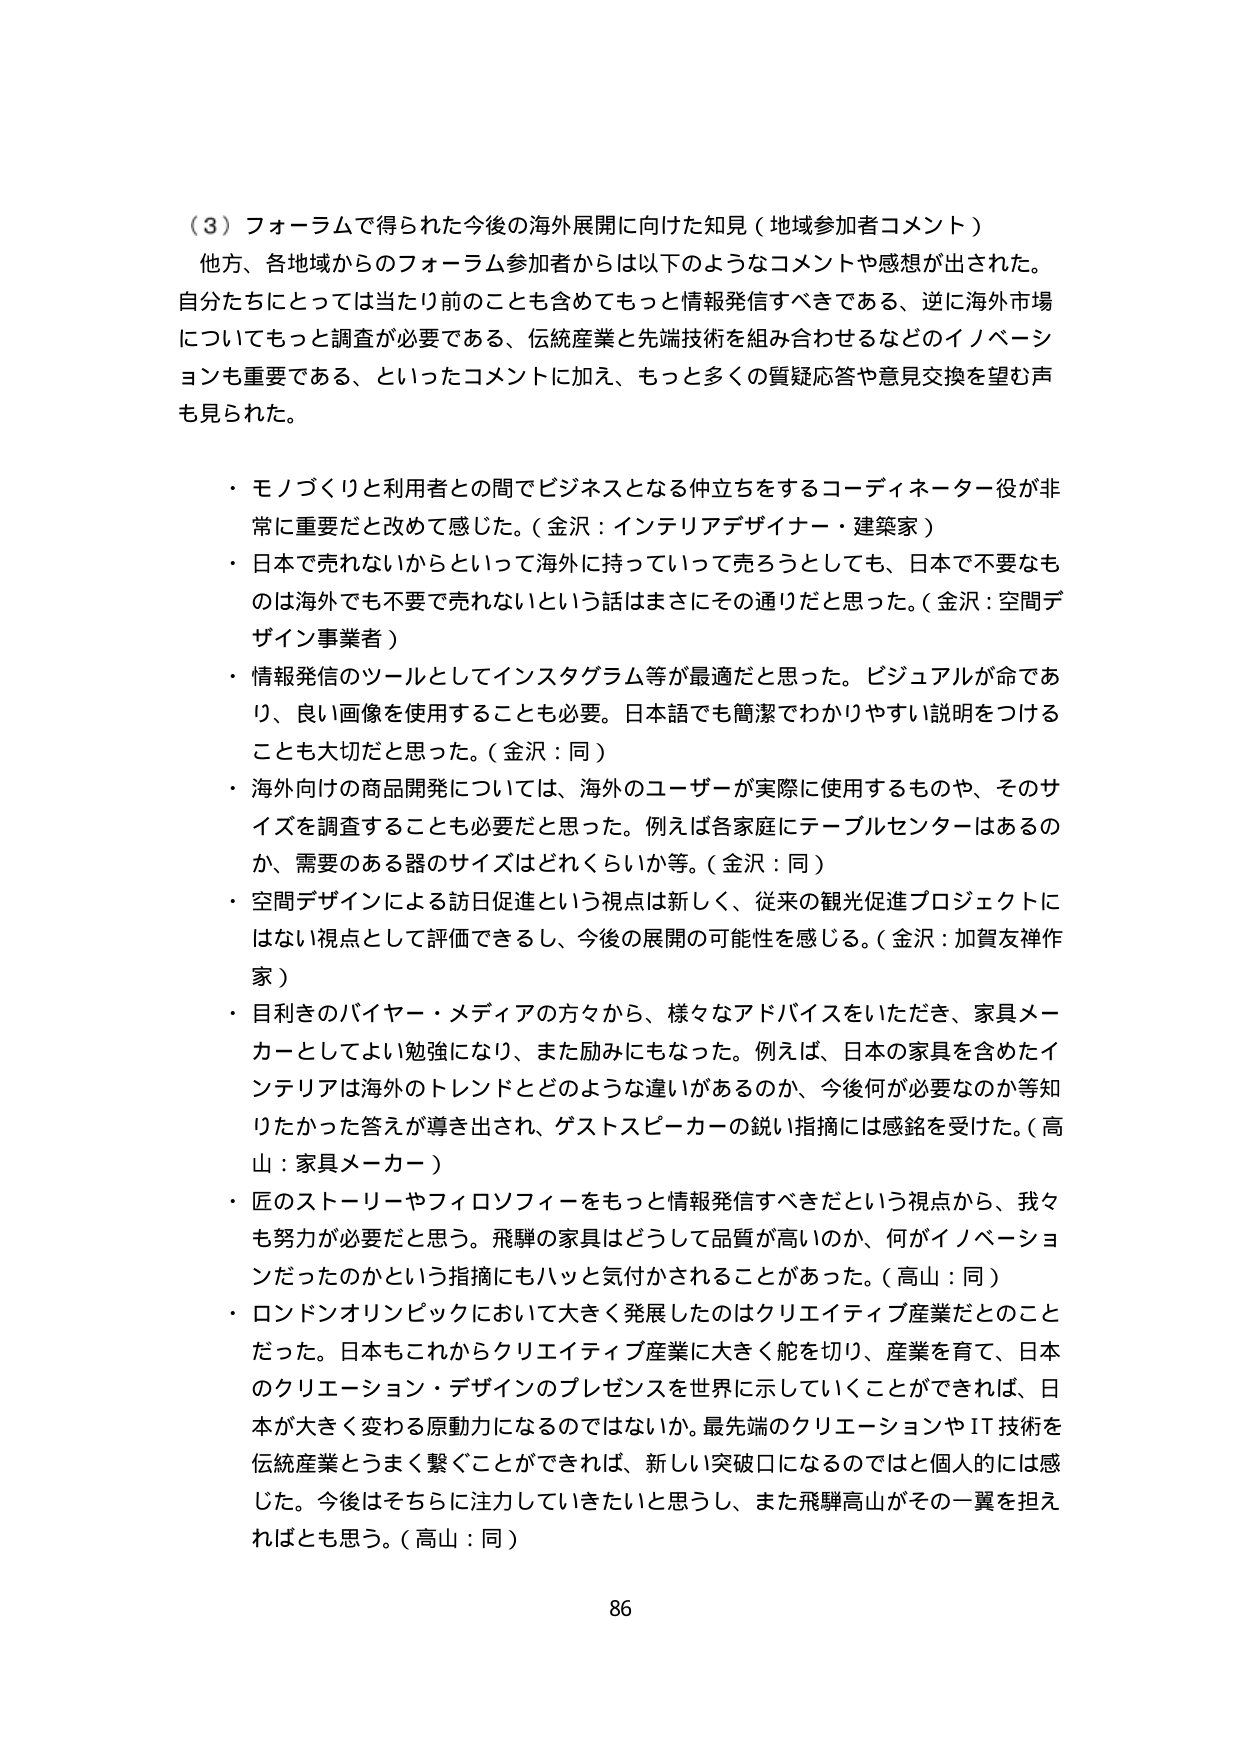
（３）フォーラムで得られた今後の海外展開に向けた知見（地域参加者コメント）
他方、各地域からのフォーラム参加者からは以下のようなコメントや感想が出された。
自分たちにとっては当たり前のことも含めてもっと情報発信すべきである、逆に海外市場についてもっと調査が必要である、伝統産業と先端技術を組み合わせるなどのイノベーションも重要である、といったコメントに加え、もっと多くの質疑応答や意見交換を望む声も見られた。

・ モノづくりと利用者との間でビジネスとなる仲立ちをするコーディネーター役が非常に重要だと改めて感じた。（金沢：インテリアデザイナー・建築家）
・ 日本で売れないからといって海外に持っていって売ろうとしても、日本で不要なものは海外でも不要で売れないという話はまさにその通りだと思った。（金沢：空間デザイン事業者）
・ 情報発信のツールとしてインスタグラム等が最適だと思った。ビジュアルが命であり、良い画像を使用することも必要。日本語でも簡潔でわかりやすい説明をつけることも大切だと思った。（金沢：同）
・ 海外向けの商品開発については、海外のユーザーが実際に使用するものや、そのサイズを調査することも必要だと思った。例えば各家庭にテーブルセンターはあるのか、需要のある器のサイズはどれくらいか等。（金沢：同）
・ 空間デザインによる訪日促進という視点は新しく、従来の観光促進プロジェクトにはない視点として評価できるし、今後の展開の可能性を感じる。（金沢：加賀友禅作家）
・ 目利きのバイヤー・メディアの方々から、様々なアドバイスをいただき、家具メーカーとしてよい勉強になり、また励みにもなった。例えば、日本の家具を含めたインテリアは海外のトレンドとどのような違いがあるのか、今後何が必要なのか等知りたかった答えが導き出され、ゲストスピーカーの鋭い指摘には感銘を受けた。（高山：家具メーカー）
・ 匠のストーリーやフィロソフィーをもっと情報発信すべきだという視点から、我々も努力が必要だと思う。飛騨の家具はどうして品質が高いのか、何がイノベーションだったのかという指摘にもハッと気付かされることがあった。（高山：同）
・ ロンドンオリンピックにおいて大きく発展したのはクリエイティブ産業だとのことだった。日本もこれからクリエイティブ産業に大きく舵を切り、産業を育て、日本のクリエーション・デザインのプレゼンスを世界に示していくことができれば、日本が大きく変わる原動力になるのではないか。最先端のクリエーションやIT技術を伝統産業とうまく繋ぐことができれば、新しい突破口になるのではと個人的には感じた。今後はそちらに注力していきたいと思うし、また飛騨高山がその一翼を担えればとも思う。（高山：同）

86